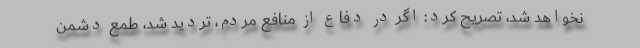
نخواهد شد، تصریح کرد: اگر در دفاع از منافع مردم، تردید شد، طمع دشمن